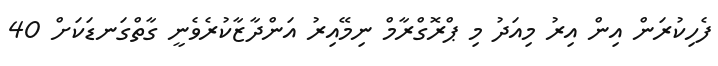
ފެހިކުރަން އިން އިރު މިއަދު މި ޕްރޮގްރާމް ނިމޭއިރު އަންދާޒާކުރެވެނީ ގާތްގަނޑަކަށް 40